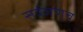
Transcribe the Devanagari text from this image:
सर्वजणच